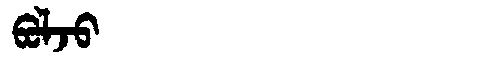
Manchu: ᠪᠣᠯᠵᠣ
Romanization: BOLJO